Report on the Nagpur School of Medicine, Central Provinces
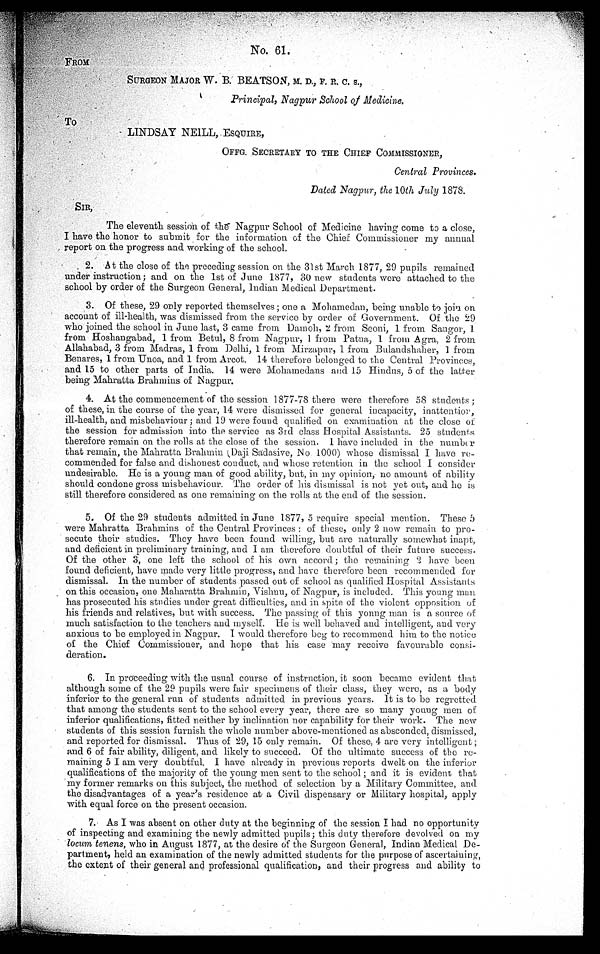
No. 61.
FROM
SURGEON MAJOR W. B. BEATSON, MD., F. R. C. S.,
Principal,Nagpur school of Medicine.
To
LINDSAY NEILL, ESQUIRE,
OFFG. SECRETARY TO THE CHIEF COMMISSIONER,
Central Provinces.
Dated Nagpur, the 10th July 1878.
SIR,
The eleventh session of the Nagpur School of Medicine having come to a close,
I have the honor to submit for the information of the Chief Commissioner my annual
report on the progress and working of the school.
2. A t the close of the preceding session on the 31st March 1877, 29 pupils remained
under instruction; and on the 1st of June 1877, 30 new students were attached to the
school by order of the Surgeon General, Indian Medical Department.
3. Of these, 29 only reported themselves ; one a Mohamedan, being unable to join on
account of ill-health, was dismissed from the service by order of Government. Of the 29
who joined the school in June last, 3 came from Damoh, 2 from Seoni, 1 from Saugor, 1
from Hoshangabad, 1 from Betul, 8 from Nagpur, 1 from Patna, 1 from Agra, 2 from
Allahabad, 3 from Madras, 1 from Delhi, 1 from Mirzapur, 1 from Bulandshaher, 1 from
Benares, 1 from Unoa, and 1 from Arcot. 14 therefore belonged to the Central Provinces,
and 15 to other parts of India. 14 were Mohamedans and 15 Hindus, 5 of the latter
being Mahratta Brahmins of Nagpur.
4. At the commencement of the session 1877-78 there were therefore 58 students ;
of these, in the course of the year, 14 were dismissed for general incapacity, inattention,
ill-health, and misbehaviour ; and 19 were found qualified on examination at the close of
the session for admission into the service as 3rd class Hospital Assistants. 25 students
therefore remain on the rolls at the close of the session. I have included in the number
that remain, the Mahratta Brahmin (Daji Sadasive, No. 1000) whose dismissal I have re-
commended for false and dishonest conduct, and whose retention in the school I consider
undesirable. He is a young man of good ability, but, in my opinion, no amount of ability
should condone gross misbehaviour. The order of his dismissal is not yet out, and he is
still therefore considered as one remaining on the rolls at the end of the session.
5. Of the 29 students admitted in June 1877, 5 require special mention. These 5
were Mahratta Brahmins of the Central Provinces ; of these, only 2 now remain to pro-
secute their studies. They have been found willing, but are naturally somewhat inapt,
and deficient in preliminary training, and I am therefore doubtful of their future success.
Of the other 3, one left the school of his own accord ; the remaining 2 have been
found deficient, have made very little progress, and have therefore been recommended for
dismissal. In the number of students passed out of school as qualified Hospital Assistants
on this occasion, one Maharatta Brahmin, Vishnu, of Nagpur, is included. This young man
has prosecuted his studies under great difficulties, and in spite of the violent opposition of
his friends and relatives, but with success. The passing of this young man is a source of
much satisfaction to the teachers and myself. He is well behaved and intelligent, and very
anxious to be employed in Nagpur. I would therefore beg to recommend him to the notice
of the Chief Commissioner, and hope that his case may receive favourable consi-
deration.
6. In proceeding with the usual course of instruction, it soon became evident that
although some of the 29 pupils were fair specimens of their class, they were, as a body
inferior to the general run of students admitted in previous years.
7.
It is to be regretted
that among the students sent to the school every year, there are so many young men of
inferior qualifications, fitted neither by inclination nor capability for their work. The new
students of this session furnish the whole number above-mentioned as absconded, dismissed,
and reported for dismissal. Thus of 29, 15 only remain. Of these, 4 are very intelligent ;
and 6 of fair ability, diligent, and likely to succeed. Of the ultimate success of the re
- m a i n i n g 5 I a m v e r y d o u b t f u l . I h a v e a l r e a d y i n p r e v i o u s r e p o r t s d w e l t o n t h e i n f e r i o r
qualifications of the majority of the young men sent to the school ; and it is evident that
my former remarks on this subject, the method of selection by a Military Committee, and
the disadvantages of a year's residence at a Civil dispensary or Military hospital, apply
with equal force on the present occasion.
8.
As I was absent on other duty at the beginning of the session I had no opportunity
of inspecting and examining the newly admitted pupils; this duty therefore devolved on my
locum tenens, who in August 1877, at the desire of the Surgeon General, Indian Medical De-
partment, held an examination of the newly admitted students for the purpose of ascertaining,
the extent of their general and professional qualification, and their progress and ability to